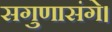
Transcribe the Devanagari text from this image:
सगुणासंगे।